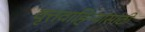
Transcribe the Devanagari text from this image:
वृत्तवाहिन्यांसाठी